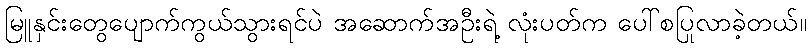
မြူနှင်းတွေပျောက်ကွယ်သွားရင်ပဲ အဆောက်အဦးရဲ့ လုံးပတ်က ပေါ်စပြုလာခဲ့တယ်။